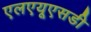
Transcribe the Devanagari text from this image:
एलएयूएसडी